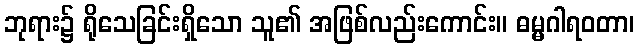
ဘုရား၌ ရိုသေခြင်းရှိသော သူ၏ အဖြစ်လည်းကောင်း။ ဓမ္မဂါရဝတာ၊